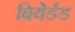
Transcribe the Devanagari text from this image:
बियेर्डड